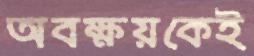
অবক্ষয়কেই